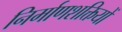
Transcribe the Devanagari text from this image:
निर्माणशक्तियों